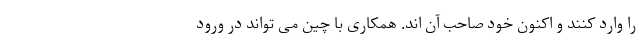
را وارد کنند و اکنون خود صاحب آن اند. همکاری با چین می تواند در ورود